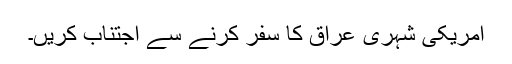
امریکی شہری عراق کا سفر کرنے سے اجتناب کریں۔